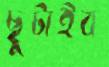
ছুটাইব